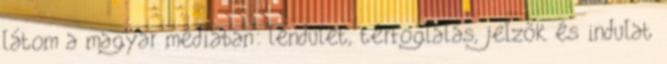
látom a magyar médiában: lendület, térfoglalás, jelzők és indulat